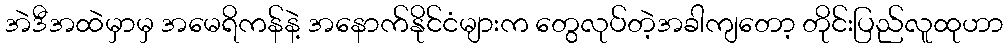
အဲဒီအထဲမှာမှ အမေရိကန်နဲ့ အနောက်နိုင်ငံများက တွေလုပ်တဲ့အခါကျတော့ တိုင်းပြည်လူထုဟာ